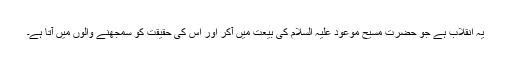
یہ انقلاب ہے جو حضرت مسیح موعود علیہ السلام کی بیعت میں آکر اور اس کی حقیقت کو سمجھنے والوں میں آتا ہے۔